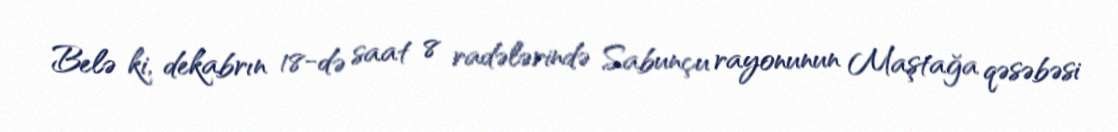
Belə ki, dekabrın 18-də saat 8 radələrində Sabunçu rayonunun Maştağa qəsəbəsi